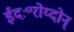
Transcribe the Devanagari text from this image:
ईदः॰रोय्दोन्